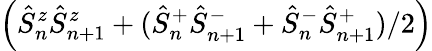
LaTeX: \left(\hat{S}_{n}^{z}\hat{S}_{n+1}^{z}+(\hat{S}_{n}^{+}\hat{S}_{n+1}^{-}+\hat{S}_{n}^{-}\hat{S}_{n+1}^{+})/2\right)